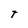
Character: T